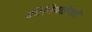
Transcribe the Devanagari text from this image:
क़ीमियाईगरों